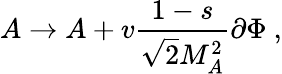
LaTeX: A\rightarrow A+v\frac{1-s}{\sqrt{2}M_{A}^{2}}\partial\Phi\ ,